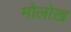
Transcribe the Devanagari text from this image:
मोलोख़